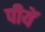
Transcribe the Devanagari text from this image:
पीयें